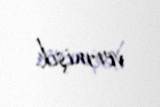
vermişik.